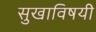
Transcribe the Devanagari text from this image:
सुखाविषयी